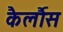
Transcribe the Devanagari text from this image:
कैर्लौस